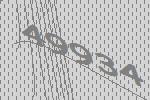
49934